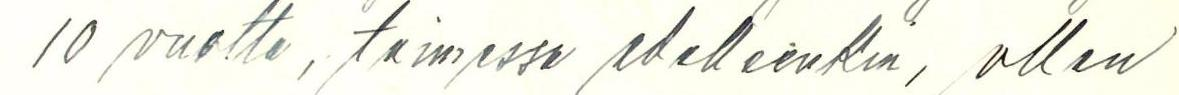
10 vuotta, toimessa edelleenkin, ollen